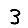
Digit: 3